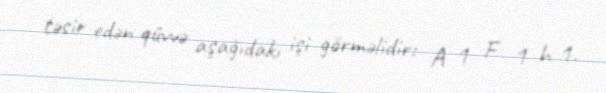
təsir edən qüvvə aşağıdakı işi görməlidir: A 1 F 1 h 1.